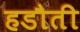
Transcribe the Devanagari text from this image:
हडौती